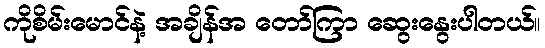
ကိုစိမ်းမောင်နဲ့ အချိန်အ တော်ကြာ ဆွေးနွေးပါတယ်။